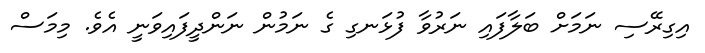
އިގިރޭސި ނަމަށް ބަލާފައި ނަރުވާ ފުޅަނގި ގެ ނަމުން ނަންދީފައިވަނީ އެވެ. މިމަސް